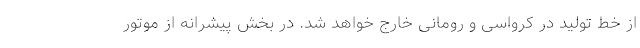
از خط تولید در کرواسی و رومانی خارج خواهد شد. در بخش پیشرانه از موتور